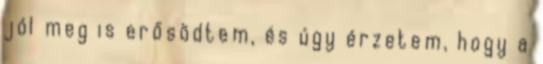
jól meg is erősödtem, és úgy érzetem, hogy a